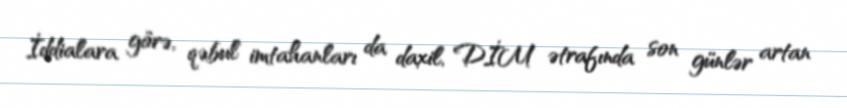
İddialara görə, qəbul imtahanları da daxil, DİM ətrafında son günlər artan